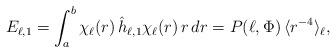
LaTeX: \begin{align*} E_{\ell,1}=\int_a^b \chi_\ell(r)\,\hat{h}_{\ell,1} \chi_\ell(r)\,r\,dr = P(\ell,\Phi) \, \langle r^{-4}\rangle_\ell,\end{align*}